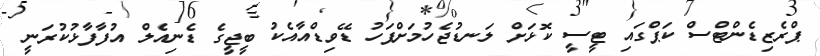
ޕްރެޒިޑެންޓްސް ކަޕްގައި ޓީސީ ކޮޅަށް ލަނޑުޖެހުމަށްފަހު ޑޭވިޑްއާއެކު ބީޖީގެ ޑެނިއެލް އުފާފާޅުކުރަނީ